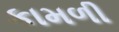
કામળી